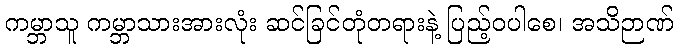
ကမ္ဘာသူ ကမ္ဘာသားအားလုံး ဆင်ခြင်တုံတရားနဲ့ ပြည့်ဝပါစေ၊ အသိဉာဏ်